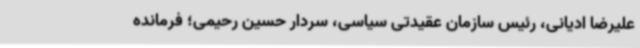
علیرضا ادیانی، رئیس سازمان عقیدتی سیاسی، سردار حسین رحیمی؛ فرمانده